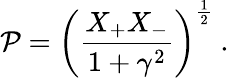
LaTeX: \mathcal{P}=\left(\frac{{X_{+}X_{-}}}{{1+\gamma^{2}}}\right)^{\frac{{1}}{{2}}}\ .